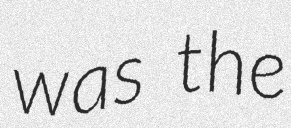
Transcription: was the